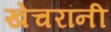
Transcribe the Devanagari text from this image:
खेचरांनी